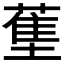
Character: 𬞄